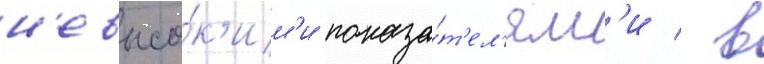
н'евысо́к'им'и показа́т'ел'ям'и / в